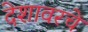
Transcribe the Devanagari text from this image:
देशावरचे